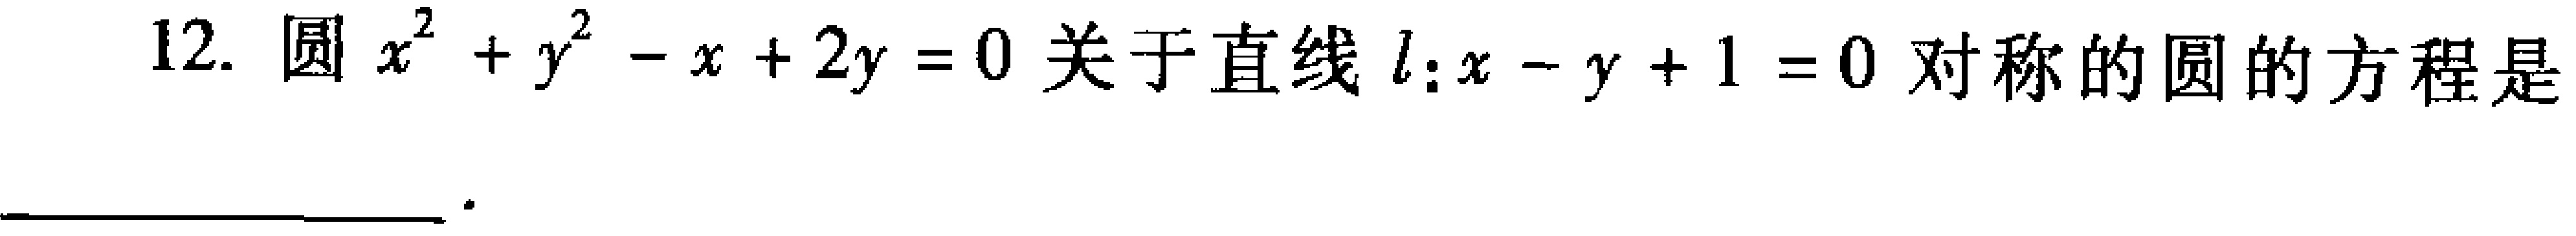
12. 圆 \(x^{2}+y^{2}-x + 2y = 0\) 关于直线 \(l:x - y + 1 = 0\) 对称的圆的方程是  。